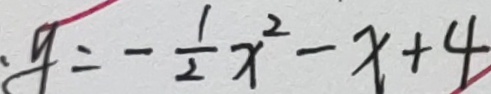
y = - \frac { 1 } { 2 } x ^ { 2 } - x + 4